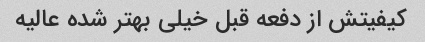
کیفیتش از دفعه قبل خیلی بهتر شده عالیه